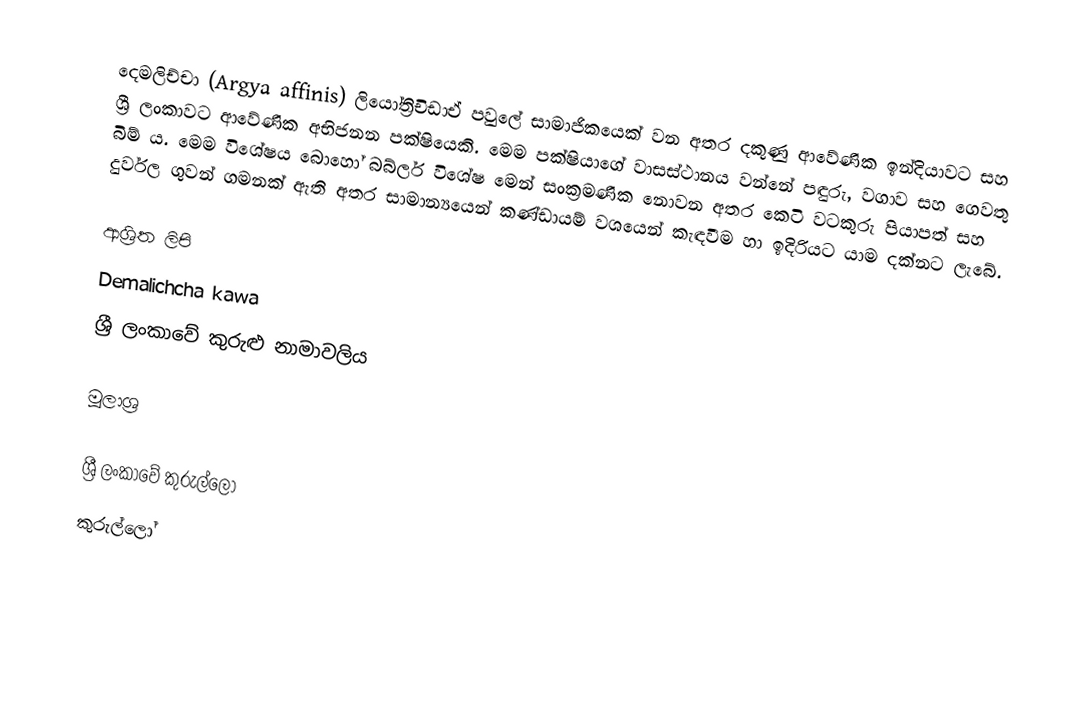
දෙමලිච්චා (Argya affinis) ලියෝත්‍රිචිඩාඒ පවුලේ සාමාජිකයෙක් වන අතර දකුණු ආවේණික ඉන්දියාවට  සහ ශ්‍රී  ලංකාවට ආවේණික අභිජනන පක්ෂියෙකි. මෙම පක්ෂියාගේ වාසස්ථානය වන්නේ පඳුරු, වගාව සහ ගෙවතු බිම් ය. මෙම විශේෂය බොහෝ බබ්ලර් විශේෂ මෙන් සංක්‍රමණික නොවන අතර කෙටි වටකුරු පියාපත් සහ දුර්වල ගුවන් ගමනක් ඇති අතර සාමාන්‍යයෙන් කණ්ඩායම් වශයෙන් කැඳවීම හා ඉදිරියට යාම දක්නට ලැබේ.

ආශ්‍රිත ලිපි
Demalichcha kawa
 ශ්‍රී ලංකාවේ කුරුළු නාමාවලිය

මූලාශ්‍ර

ශ්‍රී ලංකාවේ කුරුල්ලෝ
කුරුල්ලෝ